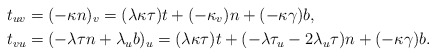
\begin{align*}t_{uv} & =(-\kappa n)_{v}=(\lambda\kappa\tau)t+(-\kappa_{v})n+(-\kappa\gamma)b,\\t_{vu} & =(-\lambda\tau n+\lambda_{u}b)_{u}=(\lambda\kappa\tau)t+(-\lambda\tau_{u}-2\lambda_{u}\tau)n+(-\kappa\gamma)b.\end{align*}